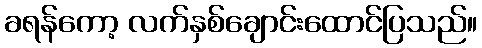
ခရန်ကော့ လက်နှစ်ချောင်းထောင်ပြသည်။